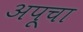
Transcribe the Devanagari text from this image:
अपूचा